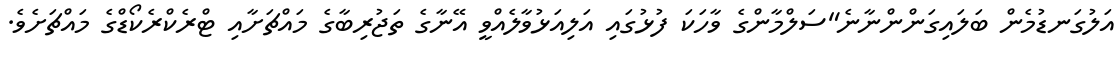
އަލުގަނޑުމެން ބަލައިގަންންނާނެ"ސަލްމާންގެ ވާހަކަ ފުޅުގައި އަލިއަޅުވާލެއްވީ އޭނާގެ ތަޖުރިބާގެ މައްޗަށާއި ޓްރެކްރެކޯޑްގެ މައްޗަށެވެ.